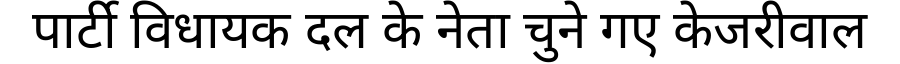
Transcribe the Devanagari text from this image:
पार्टी विधायक दल के नेता चुने गए केजरीवाल